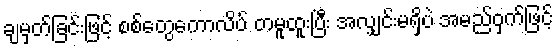
ချမှတ်ခြင်းဖြင့် စစ်တွေကောလိပ် တမူထူးပြီး အလျှင်းမရှိပဲ အမည်ဝှက်ဖြင့်